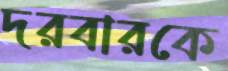
দরবারকে